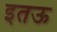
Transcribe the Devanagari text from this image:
इतऊ